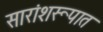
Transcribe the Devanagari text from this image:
सारांशरूपात